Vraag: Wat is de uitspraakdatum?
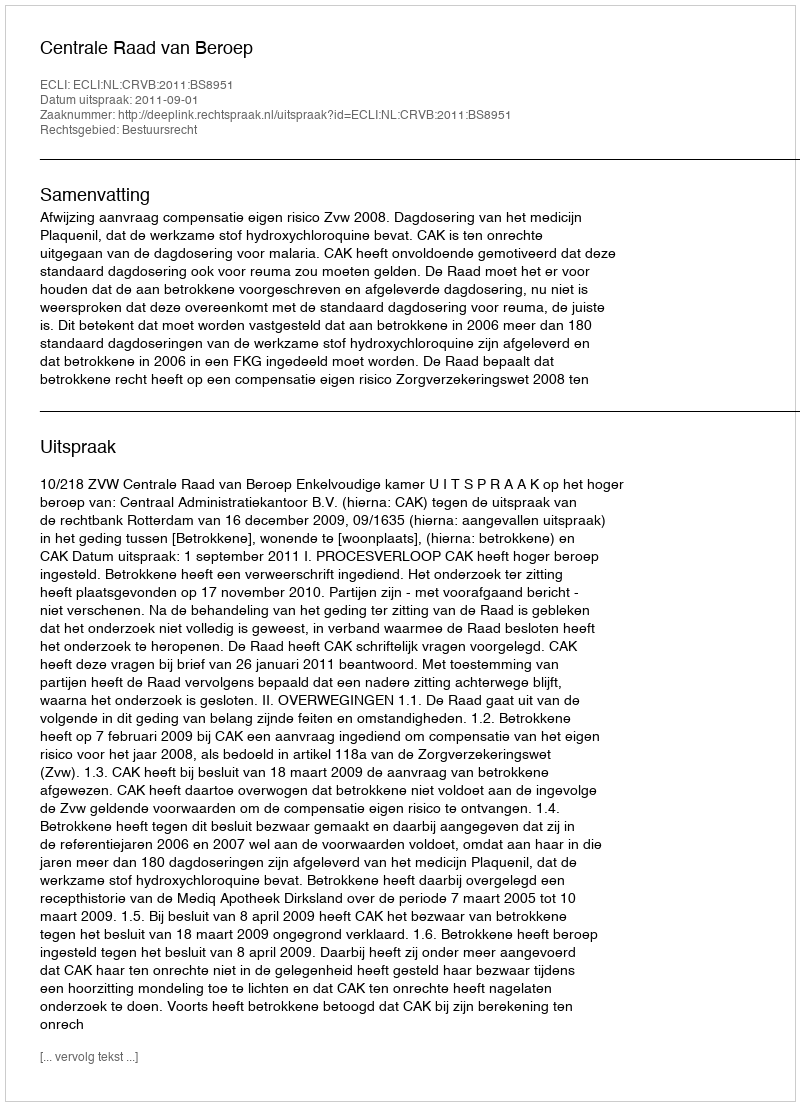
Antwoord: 2011-09-01